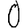
Digit: 0